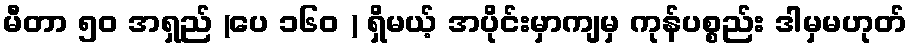
မီတာ ၅၀ အရှည် (ပေ ၁၆၀ ) ရှိမယ့် အပိုင်းမှာကျမှ ကုန်ပစ္စည်း ဒါမှမဟုတ်